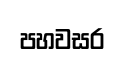
පහවසර